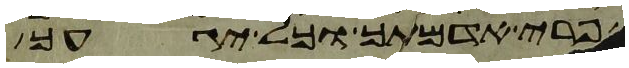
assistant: פרי אדמתך וכל יגעך